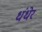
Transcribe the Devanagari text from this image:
धंधेर